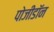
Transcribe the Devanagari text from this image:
पोजीडॉन